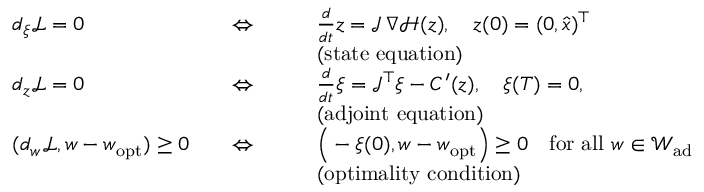
\begin{array} { r l r l } & { d _ { \xi } \mathcal L = 0 \quad } & { \Leftrightarrow \qquad } & { \frac { d } { d t } z = \mathcal J \, \nabla \mathcal H ( z ) , \quad z ( 0 ) = ( 0 , \hat { x } ) ^ { \top } } \\ & { } & & { \mathrm { ( s t a t e ~ e q u a t i o n ) } } \\ & { d _ { z } \mathcal L = 0 \quad } & { \Leftrightarrow \qquad } & { \frac { d } { d t } \xi = \mathcal J ^ { \top } \xi - C ^ { \prime } ( z ) , \quad \xi ( T ) = 0 , } \\ & { } & & { \mathrm { ( a d j o i n t ~ e q u a t i o n ) } } \\ & { ( d _ { w } \mathcal L , w - w _ { \mathrm { o p t } } ) \ge 0 \quad } & { \Leftrightarrow \qquad } & { \Big ( - \xi ( 0 ) , w - w _ { \mathrm { o p t } } \Big ) \ge 0 \quad \mathrm { f o r ~ a l l ~ } w \in \mathcal W _ { \mathrm { a d } } } \\ & { } & & { \mathrm { ( o p t i m a l i t y ~ c o n d i t i o n ) } } \end{array}